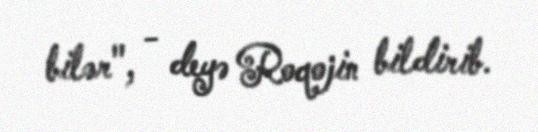
bilər", - deyə Roqojin bildirib.